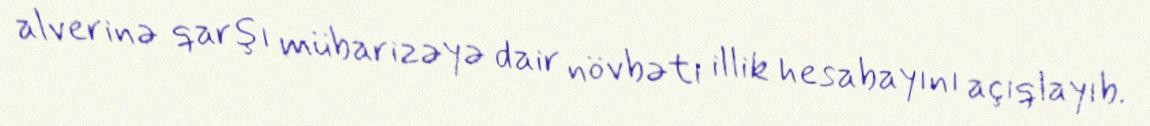
alverinə qarşı mübarizəyə dair növbəti illik hesabayını açıqlayıb.